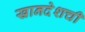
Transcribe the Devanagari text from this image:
खानदेशची